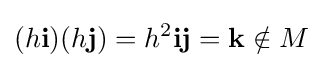
(h\mathbf {i} )(h\mathbf {j} )=h^{2}\mathbf {ij} =\mathbf {k} \notin M